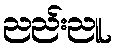
ညည်းညူ